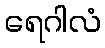
ရေဂါလံ